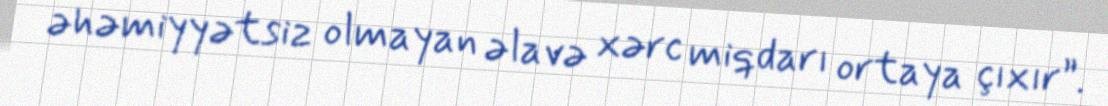
əhəmiyyətsiz olmayan əlavə xərc miqdarı ortaya çıxır”.